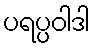
ပရပ္ပဝါဒါ